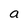
Character: a